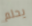
يحلم